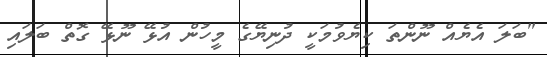
"ބަލަ އެޔެއް ނޫންތަ ކިޔެވުމަކީ ދުނިޔޭގެ މީހުން އުޅޭ ނޫޅޭ ގޮތް ބަލައި